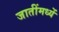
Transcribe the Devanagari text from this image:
जातींमध्यें